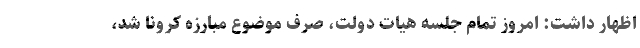
اظهار داشت: امروز تمام جلسه هیات دولت، صرف موضوع مبارزه کرونا شد،